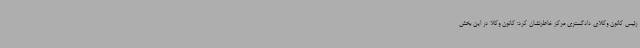
رئیس کانون وکلای دادگستری مرکز خاطرنشان کرد: کانون وکلا در این بخش